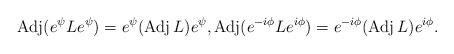
LaTeX: \begin{align*}\operatorname{Adj}(e^\psi Le^\psi)=e^\psi(\operatorname{Adj}L)e^\psi,\operatorname{Adj}(e^{-i\phi}Le^{i\phi})=e^{-i\phi}(\operatorname{Adj}L)e^{i\phi}.\end{align*}